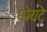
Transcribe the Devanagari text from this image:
गोयटे